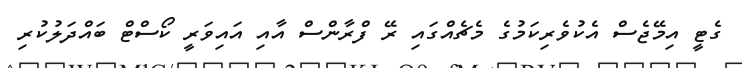
ގެޓީ އިމޭޖެސް އެކުވެރިކަމުގެ މެޗެއްގައި ރޭ ފްރާންސް އާއި އައިވަރީ ކޯސްޓް ބައްދަލުކުރި